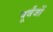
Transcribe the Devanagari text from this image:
पूर्वंजों